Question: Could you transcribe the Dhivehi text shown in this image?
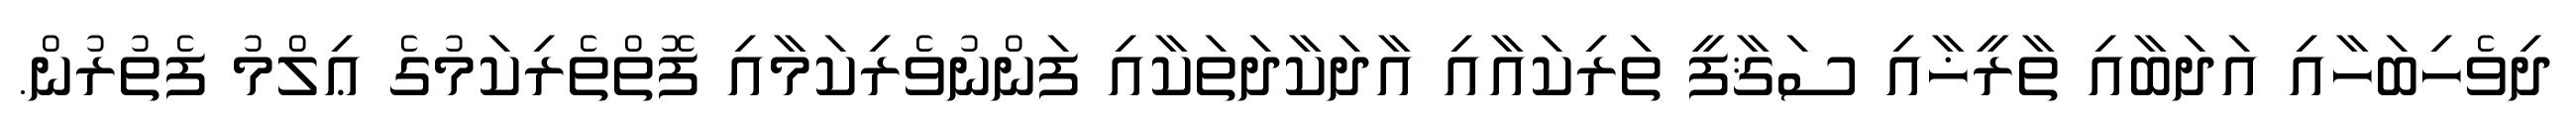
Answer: ދިވެހިބަހާއި އަދަބާއި ތާރީޚާއި ސަޤާފީ ތަރިކައާއި އާދަކާދަތަކާއި ފަންނުވެރިކަމާއި ފޮތްތެރިކަމުގެ ޢިލްމު ފެތުރުން.